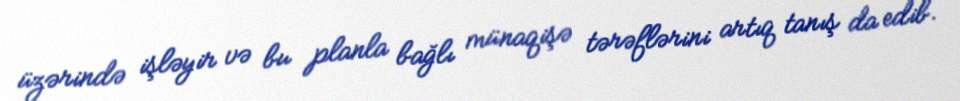
üzərində işləyir və bu planla bağlı münaqişə tərəflərini artıq tanış da edib.